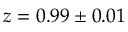
z = 0 . 9 9 \pm 0 . 0 1